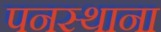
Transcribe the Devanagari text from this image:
पनस्थाना